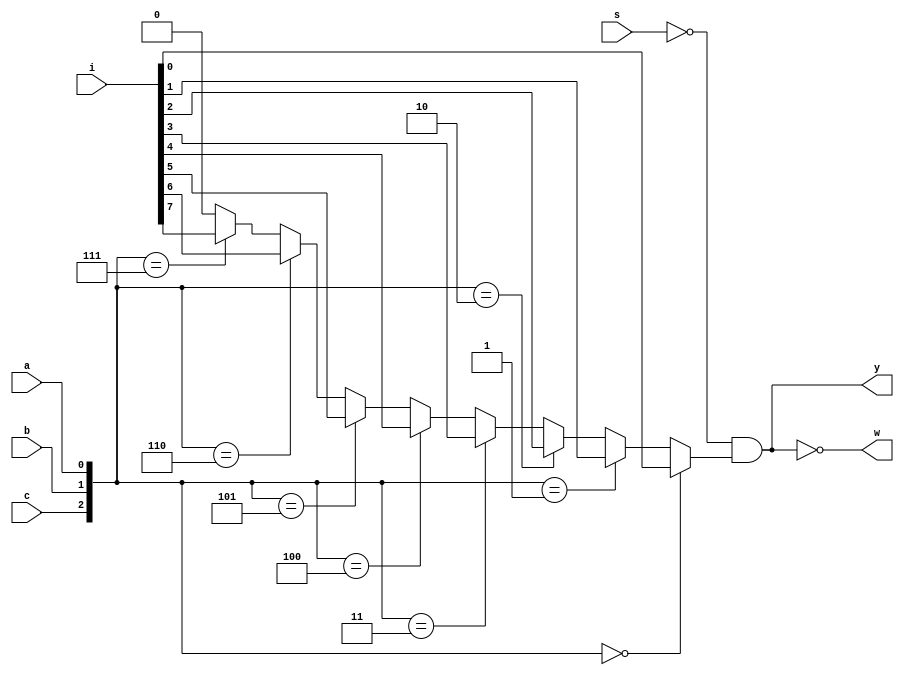
module sn74ls151(s, i, a, b, c, y, w);
input s, a, b, c;
input [7:0] i;
output y, w;
wire [2:0] cba;
wire yi;

parameter
	// TI TTL data book Vol 1, 1985
	tPLHY_min=0, tPLHY_typ=25, tPLHY_max=38, // worst case
	tPHLY_min=0, tPHLY_typ=25, tPHLY_max=38,
	tPLHW_min=0, tPLHW_typ=17, tPLHW_max=26, // worst case
	tPHLW_min=0, tPHLW_typ=19, tPHLW_max=30;

	assign cba = { c, b, a };

	assign 
		yi = (cba==3'b000 ? i[0] :
	          (cba==3'b001 ? i[1] :
               (cba==3'b010 ? i[2] :
                (cba==3'b011 ? i[3] :
                 (cba==3'b100 ? i[4] :
                  (cba==3'b101 ? i[5] :
                   (cba==3'b110 ? i[6] :
                    (cba==3'b111 ? i[7] : 1'b0))))))));

	assign #(tPLHY_min:tPLHY_typ:tPLHY_max, tPHLY_min:tPHLY_typ:tPHLY_max) y = s==0 && yi;
	assign #(tPLHW_min:tPLHW_typ:tPLHW_max, tPHLW_min:tPHLW_typ:tPHLW_max) w = ~(s==0 && yi);

endmodule